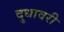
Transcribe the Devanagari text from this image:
दुधावरी